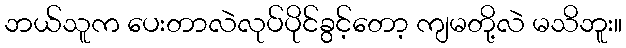
ဘယ်သူက ပေးတာလဲလုပ်ပိုင်ခွင့်တော့ ကျမတို့လဲ မသိဘူး။